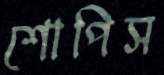
শোপিস